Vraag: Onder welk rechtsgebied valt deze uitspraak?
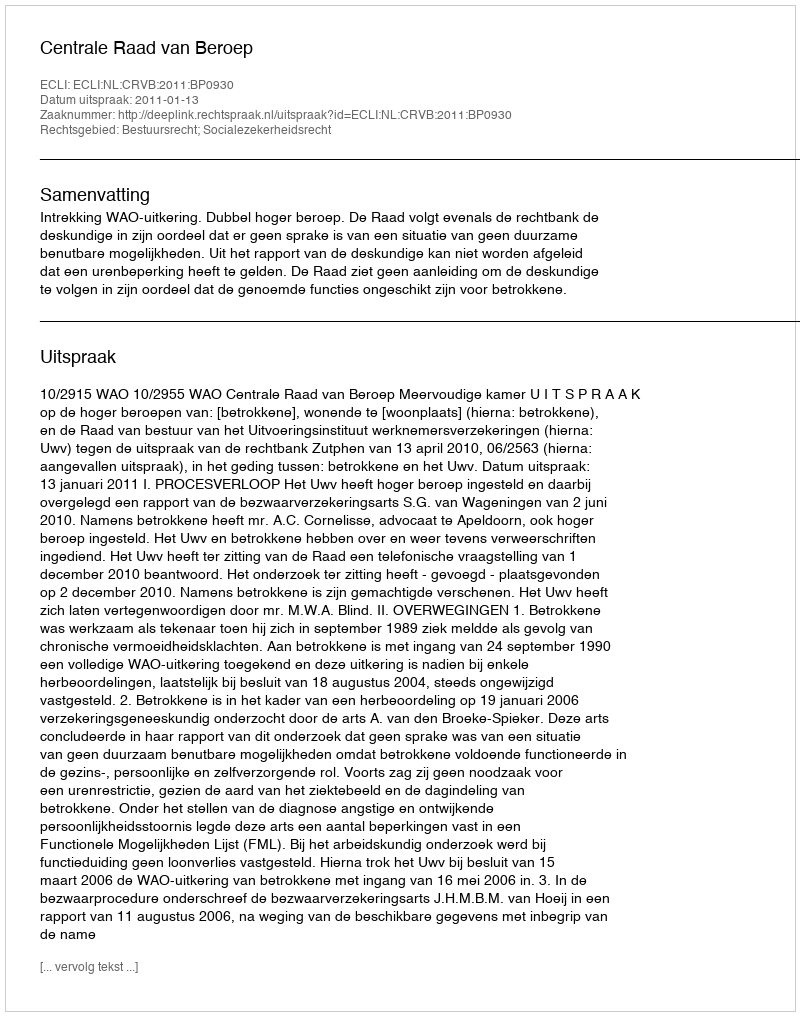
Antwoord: Bestuursrecht; Socialezekerheidsrecht